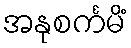
အနုစင်္ကမိံ